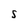
Character: S